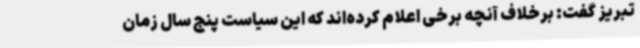
تبریز گفت: برخلاف آنچه برخی اعلام کرده‌اند که این سیاست پنج سال زمان